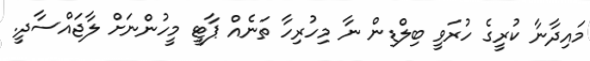
މައިދާނާ ކުރީގެ ހުރަވީ ބިލްޑިން ނާ މިހުރިހާ ތަނެއް ޕާޓީ މީހުންނަށް ލާޖައްސާދީ.